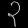
Digit: ၃